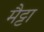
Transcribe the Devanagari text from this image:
मैट्टा